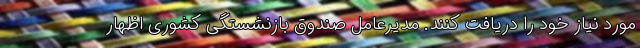
مورد نیاز خود را دریافت کنند. مدیرعامل صندوق بازنشستگی کشوری اظهار